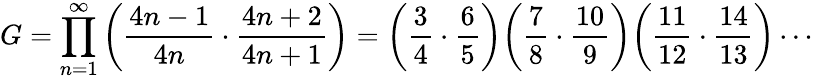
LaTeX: G=\prod_{n=1}^{\infty}\left({\frac{4n-1}{4n}}\cdot{\frac{4n+2}{4n+1}}\right)={\biggl(}{\frac{3}{4}}\cdot{\frac{6}{5}}{\biggr)}{\biggl(}{\frac{7}{8}}\cdot{\frac{10}{9}}{\biggr)}{\biggl(}{\frac{11}{12}}\cdot{\frac{14}{13}}{\biggr)}\cdots